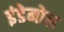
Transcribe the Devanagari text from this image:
इंडेमोल